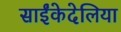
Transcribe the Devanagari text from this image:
साईंकेदेलिया